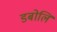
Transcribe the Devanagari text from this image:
डबोलिं